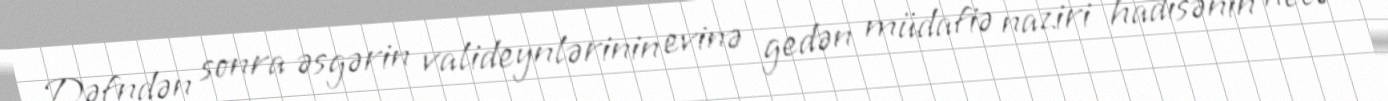
Dəfndən sonra əsgərin valideynlərinin evinə gedən müdafiə naziri hadisənin necə